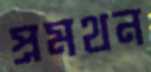
প্রমথন